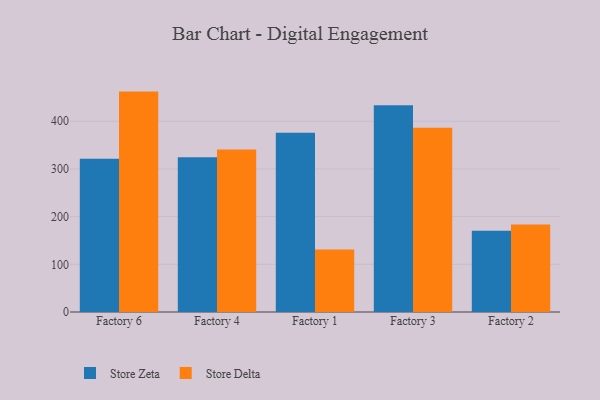
{"axis": {"x": "Factory", "y": "Market Share (%)"}, "legend": ["Store Delta", "Store Zeta"], "data": [{"x": "Factory 6", "y": 321.5, "type": "Store Zeta"}, {"x": "Factory 6", "y": 462.1, "type": "Store Delta"}, {"x": "Factory 4", "y": 324.2, "type": "Store Zeta"}, {"x": "Factory 4", "y": 340.9, "type": "Store Delta"}, {"x": "Factory 1", "y": 375.6, "type": "Store Zeta"}, {"x": "Factory 1", "y": 130.9, "type": "Store Delta"}, {"x": "Factory 3", "y": 433.4, "type": "Store Zeta"}, {"x": "Factory 3", "y": 386.4, "type": "Store Delta"}, {"x": "Factory 2", "y": 170.2, "type": "Store Zeta"}, {"x": "Factory 2", "y": 183.3, "type": "Store Delta"}]}